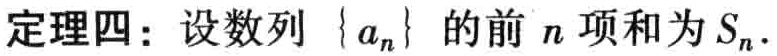
定理四：设数列\(\{ a_{n}\}\)的前\(n\)项和为\(S_{n}\).